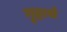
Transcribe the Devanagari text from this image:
गृहार्थ